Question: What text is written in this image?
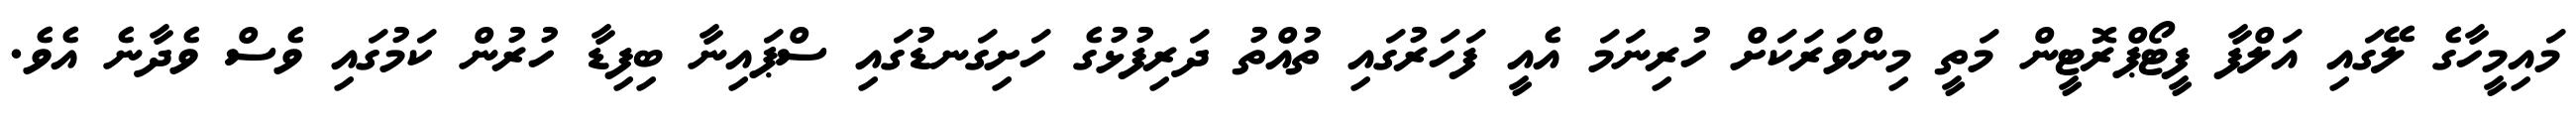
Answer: މައިމީހާގެ ލޭގައި އަލްފާ ފީޓޯޕްރޮޓީން މަތީ މިންވަރަކަށް ހުރިނަމަ އެއީ ފަހަރުގައި ތުއްތު ދަރިފުޅުގެ ހަށިގަނޑުގައި ސްޕައިނާ ބިފިޑާ ހުރުން ކަމުގައި ވެސް ވެދާނެ އެވެ.